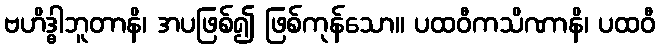
ဗဟိဒ္ဓါဘူတာနိ၊ အပဖြစ်၍ ဖြစ်ကုန်သော။ ပထဝီကသိဏာနိ၊ ပထဝီ